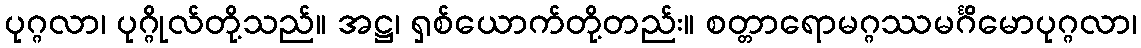
ပုဂ္ဂလာ၊ ပုဂ္ဂိုလ်တို့သည်။ အဋ္ဌ၊ ရှစ်ယောက်တို့တည်း။ စတ္တာရောမဂ္ဂဿမင်္ဂိမောပုဂ္ဂလာ၊